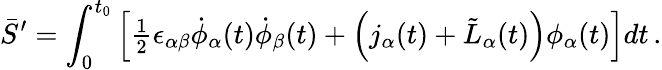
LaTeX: \bar{S}^{\prime}=\int_{0}^{t_{0}}\left[{\textstyle{\frac{1}{2}}}\epsilon_{\alpha\beta}\dot{\phi}_{\alpha}(t)\dot{\phi}_{\beta}(t)+\left(j_{\alpha}(t)+\tilde{L}_{\alpha}(t)\right)\phi_{\alpha}(t)\right]dt\, .